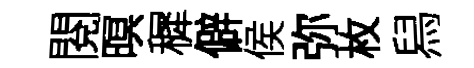
閱暝穉僻侯弥枚舄